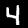
Digit: 4